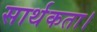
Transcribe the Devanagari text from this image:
सार्थकता।